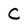
Character: C